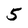
Character: 5